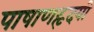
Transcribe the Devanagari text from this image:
पाषाणहृदयी